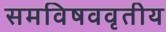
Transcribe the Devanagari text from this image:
समविषववृतीय